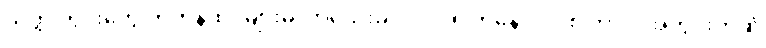
သတ္တုတွင်းတွေ တဟုန်ထိုး များမလာသေးခင် ၂၀၀၅ ကနေ ၂၀၀၈ ကာလအတွင်းကဆို